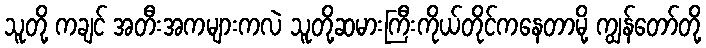
သူတို့ ကချင် အတီးအကများကလဲ သူတို့ဆမားကြီးကိုယ်တိုင်ကနေတာမို့ ကျွန်တော်တို့